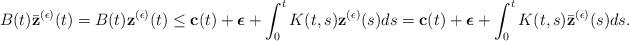
LaTeX: \begin{align*}{}B(t)\bar{\bf z}^{(\epsilon)}(t)=B(t){\bf z}^{(\epsilon)}(t)\leq {\bf c}(t)+\mbox{\boldmath $\epsilon$}+\int_{0}^{t} K(t,s){\bf z}^{(\epsilon)}(s)ds={\bf c}(t)+\mbox{\boldmath $\epsilon$}+\int_{0}^{t} K(t,s)\bar{\bf z}^{(\epsilon)}(s)ds.\end{align*}